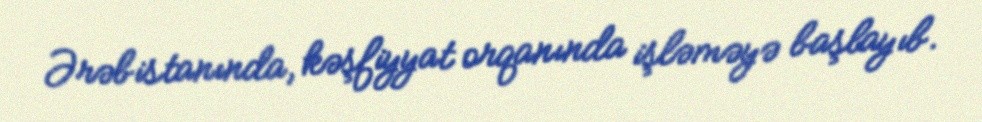
Ərəbistanında, kəşfiyyat orqanında işləməyə başlayıb.